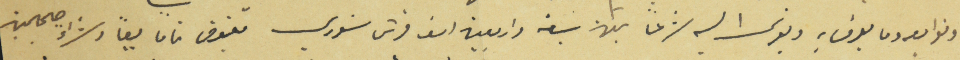
وتوابعه وما يعرف به ويوكل اليه شرعاً بثمن سبعة واربعين الف قرش سَوري مقبوض تماماً بيعاً وشراءً صحيحين